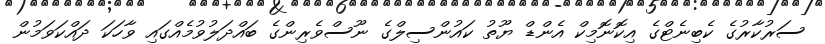
ސަރުކާރުގެ ކެބިނެޓްގެ އިކޮނޮމިކް އެންޑް ޔޫތު ކައުންސިލްގެ ނޫސްވެރިންގެ ބައްދަލުވުމެއްގައި ވާހަކަ ދައްކަވަމުން